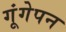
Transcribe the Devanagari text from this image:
गूंगेपन